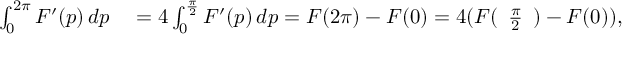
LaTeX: \begin{array} { r l } { \int _ { 0 } ^ { 2 \pi } F ^ { \prime } ( p ) \, d p } & { { } = 4 \int _ { 0 } ^ { \frac { \pi } { 2 } } F ^ { \prime } ( p ) \, d p = F ( 2 \pi ) - F ( 0 ) = 4 ( F ( { \begin{array} { l } { { \frac { \pi } { 2 } } } \end{array} } ) - F ( 0 ) ) , } \end{array}